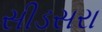
સીડસરા